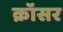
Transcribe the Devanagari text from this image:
क्रॉसर